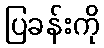
ပြခန်းကို